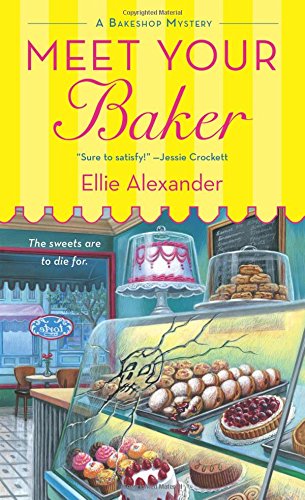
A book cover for Meet Your Baker (A Bakeshop Mystery); Ellie Alexander; Mystery, Thriller & Suspense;